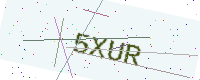
Text: 5XUR